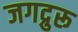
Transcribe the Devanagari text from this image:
जगद्रुरू